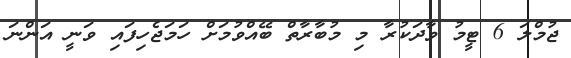
ޖުމްލަ 6 ޓީމު ވާދަކުރާ މި މުބާރާތް ބޭއްވުމަށް ހަމަޖެހިފައި ވަނީ އަންނަ